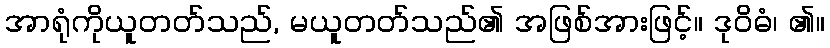
အာရုံကိုယူတတ်သည်, မယူတတ်သည်၏ အဖြစ်အားဖြင့်။ ဒုဝိဓံ၊ ၏။